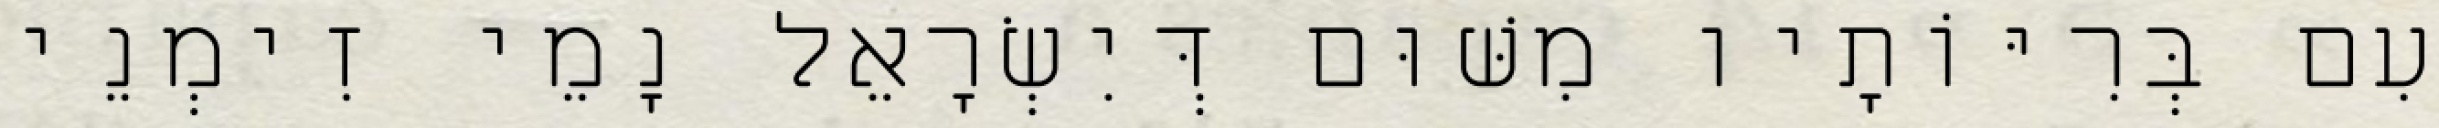
עִם בְּרִיּוֹתָיו מִשּׁוּם דְּיִשְׂרָאֵל נָמֵי זִימְנֵי